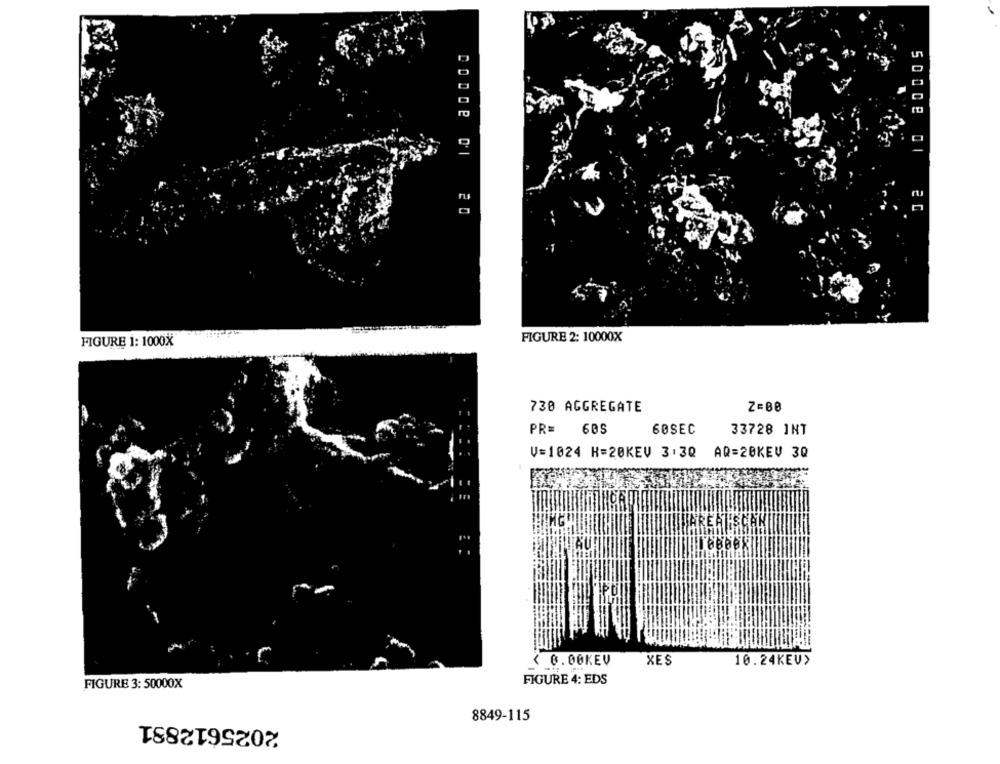
ac
FIGURE 1: 1000X
FIGURE 2: 10000X
730 AGGREGATE
Z=08
PR= 60S
60SEC
33728 INT
V=1024 H=20KEV 3: 3Q AQ=20KEV 3Q
< 0.00KEV
XES
10.24KEV>
FIGURE 4: EDS
FIGURE 3: 50000X
2025612881
8849-115